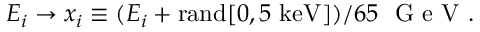
E _ { i } \to x _ { i } \equiv ( E _ { i } + \mathrm { r a n d } [ 0 , 5 ~ \mathrm { k e V } ] ) / 6 5 ~ \mathrm { ~ G ~ e ~ V ~ } .